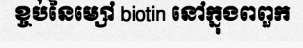
ខ្ចប់នៃម្សៅ biotin នៅក្នុងពពួក